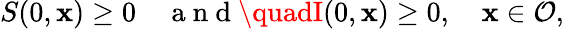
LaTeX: S(0,\mathbf{x})\geq0\quad\mathrm{{~a~n~d~}}\quadI(0,\mathbf{x})\geq0,\quad\mathbf{x}\in\mathcal{{O}},